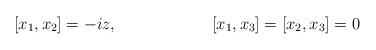
LaTeX: \begin{align*}[x_1,x_2]&=-iz ,& [x_1,x_3]&=[x_2,x_3]=0\end{align*}